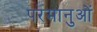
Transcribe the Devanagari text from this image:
परमानुओं